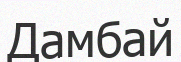
Дамбай